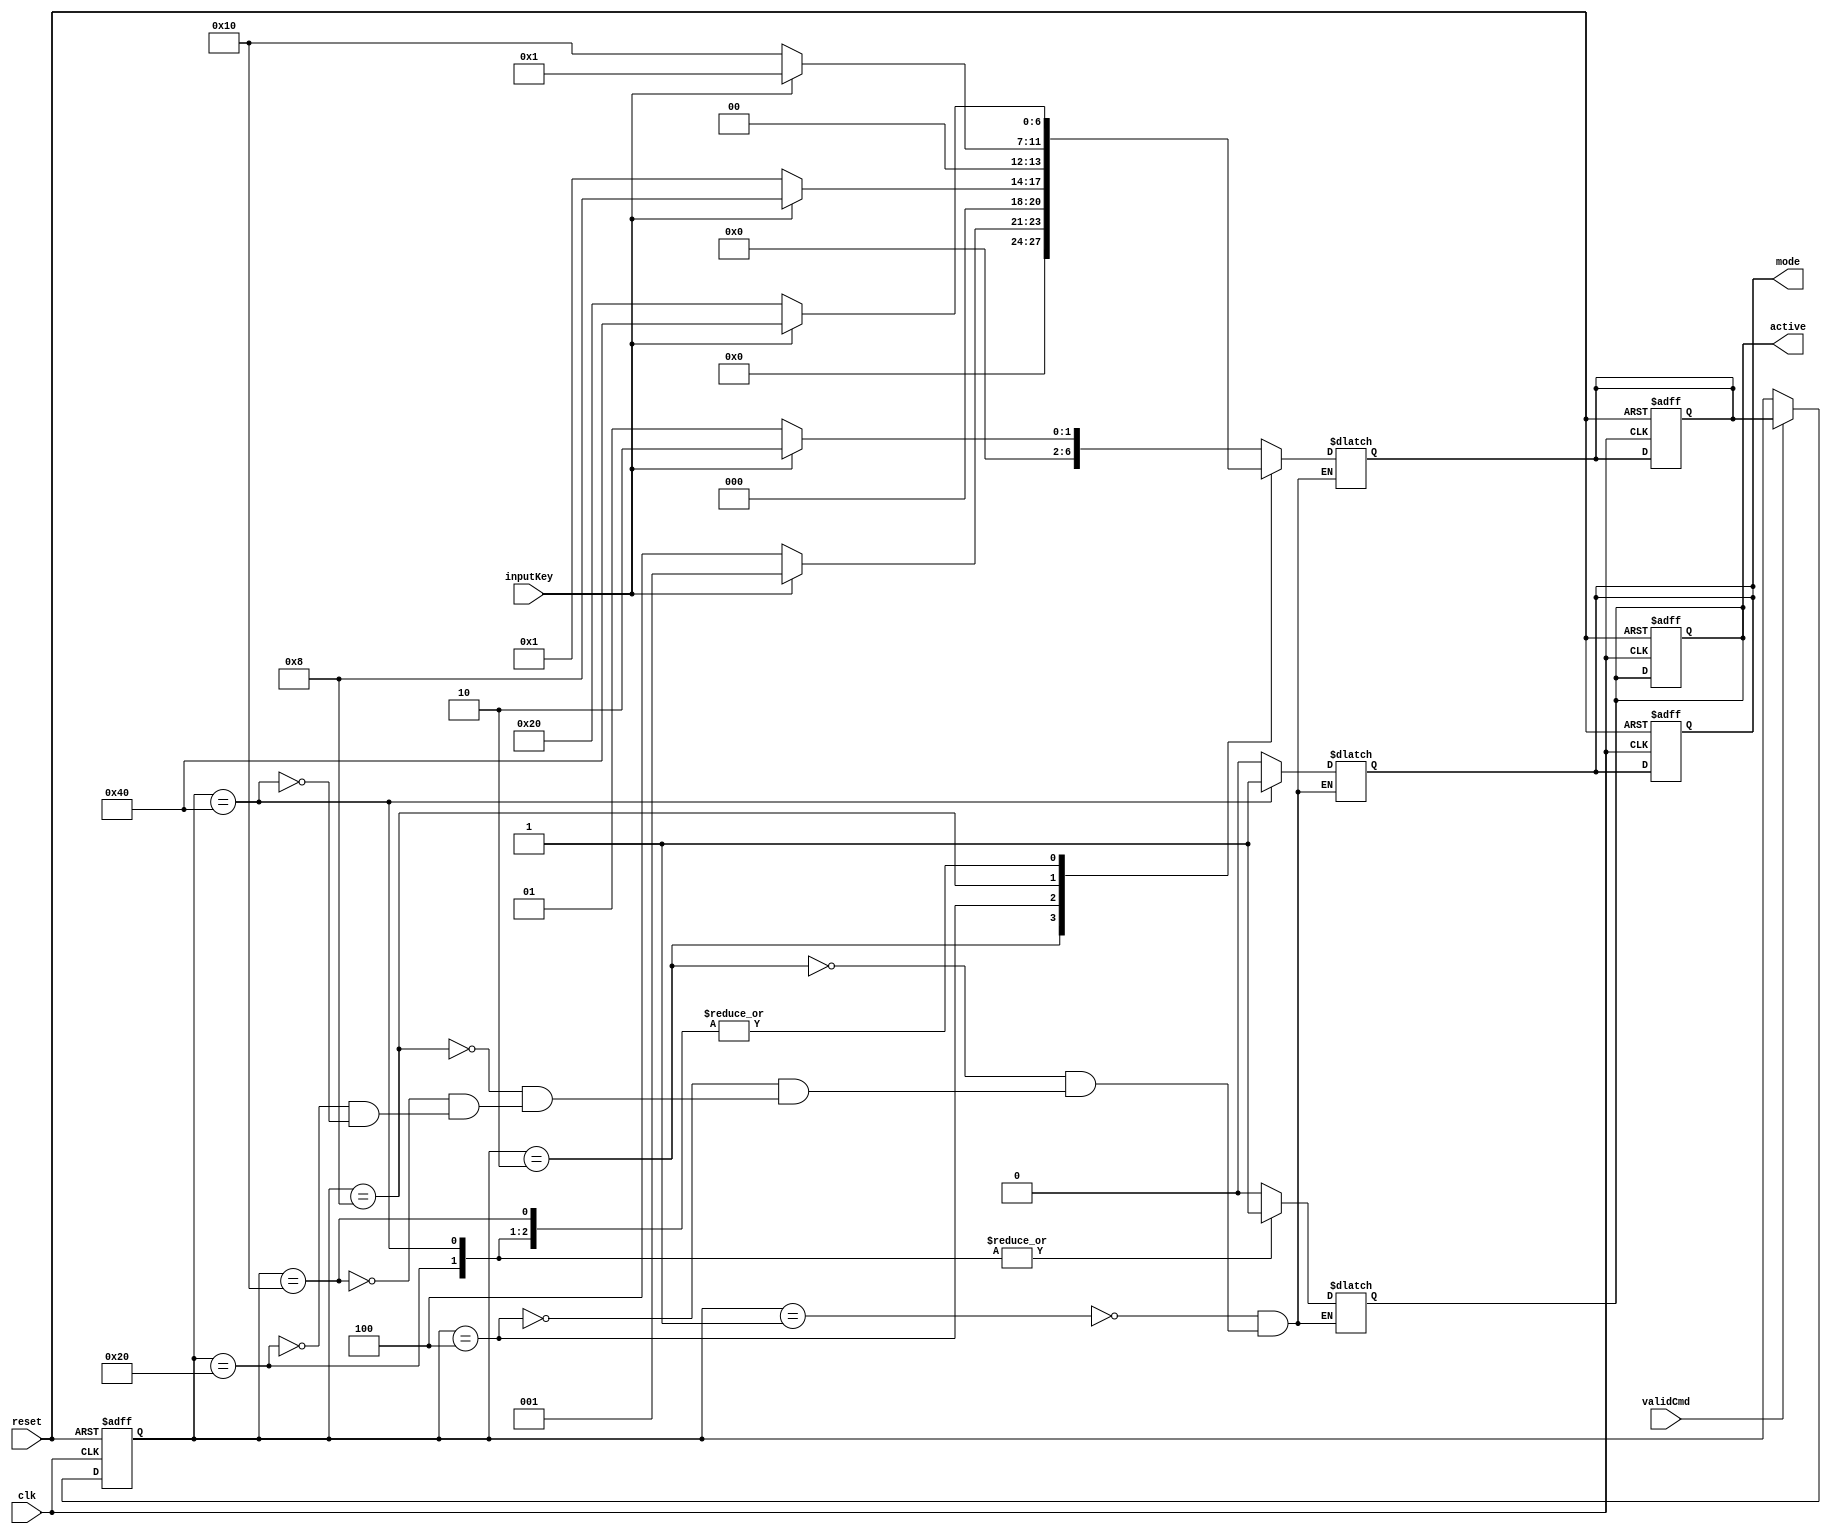
module decInputKey(
    input wire reset,
    input wire clk,
    input wire inputKey,
    input wire validCmd,
    output reg active,
    output reg mode
);
    localparam s0 = 7'b0000001;
    localparam s1 = 7'b0000010;
    localparam s2 = 7'b0000100;
    localparam s3 = 7'b0001000;
    localparam s4 = 7'b0010000;
    localparam s5 = 7'b0100000;
    localparam s6 = 7'b1000000;

    reg [6:0] sc;
    reg [6:0] sv;
    always @(posedge clk, posedge reset) begin 
        if(reset)begin
            mode<=0;
            active<=0;
            sc<=s0;
            sv<=7'hx;
        end else begin 
            if(validCmd)begin 
                sc<=sv;
            end
        end 
    end
    always @(sc or inputKey) begin
        case(sc) 
            s0: begin 
                if(inputKey) begin 
                    sv = s1;
                end else begin 
                    sv = s0;
                    end
            end
            s1: begin 
                if(!inputKey) begin 
                    sv =s2;
                end else begin 
                    sv =s0;
                    end
            end
            s2: begin 
                if(inputKey) begin 
                    sv =s3;
                end else begin 
                    sv =s0; 
                    end
            end 
            s3: begin 
                if(!inputKey) begin 
                    sv =s4;
                end else begin 
                    sv =s0;
                end
            end
            s4: begin 
                if(inputKey) begin 
                    sv =s6;
                end else begin 
                    sv =s5;
                end
            end
            s5:begin
                if(inputKey) begin 
                    sv =s6;
                end else begin 
                    sv =s5;
                end
            end
            s6:begin
                if(!inputKey)begin
                    sv =s5;
                end else begin 
                    sv =s6;
                end
            end
        endcase
    end

    always @(sc) begin
        case(sc)
            s0: begin 
                active<=0;
                mode<=0;
            end
            s1: begin 
                active<=0;
                mode<=0;
            end
            s2: begin 
                active<=0;
                mode<=0;
            end
            s3: begin 
                active<=0;
                mode<=0;
            end
            s4: begin 
                active<=0;
                mode<=0;
            end
            s5: begin 
                active<=1;
                mode<=0;
            end
            s6: begin 
                active<=1;
                mode<=1;
            end
        endcase

    end

endmodule